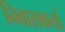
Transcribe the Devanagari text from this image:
निवासकर्त्ता